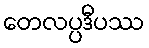
တေလပ္ပဒီပဿ